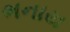
ભનાય